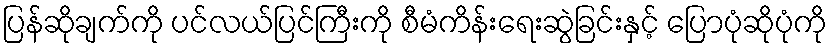
ပြန်ဆိုချက်ကို ပင်လယ်ပြင်ကြီးကို စီမံကိန်းရေးဆွဲခြင်းနှင့် ပြောပုံဆိုပုံကို